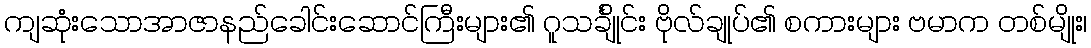
ကျဆုံးသောအာဇာနည်ခေါင်းဆောင်ကြီးများ၏ ဂူသင်္ချိုင်း ဗိုလ်ချုပ်၏ စကားများ ဗမာက တစ်မျိုး၊